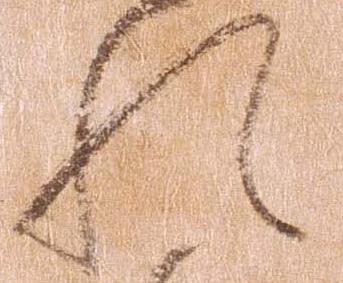
れ